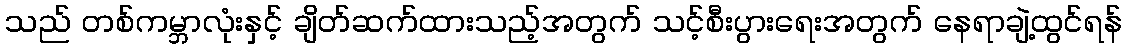
သည် တစ်ကမ္ဘာလုံးနှင့် ချိတ်ဆက်ထားသည့်အတွက် သင့်စီးပွားရေးအတွက် နေရာချဲ့ထွင်ရန်